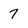
Character: 7